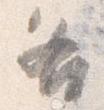
各